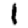
Digit: 1